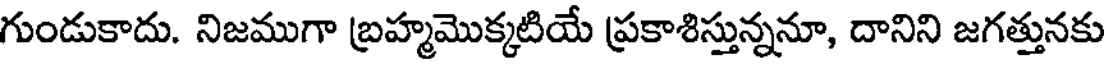
గుండుకాదు. నిజముగా బ్రహ్మమొక్కటియే ప్రకాశిస్తున్ననూ, దానిని జగత్తునకు